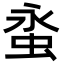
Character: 𧊯